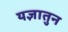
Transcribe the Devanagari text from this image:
यज्ञातुन